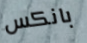
بانكس